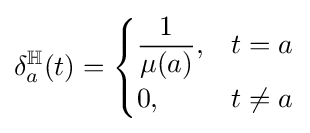
\delta _{a}^{\mathbb {H} }(t)={\begin{cases}{\dfrac {1}{\mu (a)}},&t=a\\0,&t\neq a\end{cases}}